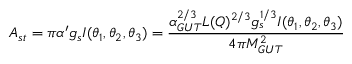
A _ { s t } = \pi \alpha ^ { \prime } g _ { s } I ( \theta _ { 1 } , \theta _ { 2 } , \theta _ { 3 } ) = { \frac { \alpha _ { G U T } ^ { 2 / 3 } L ( Q ) ^ { 2 / 3 } g _ { s } ^ { 1 / 3 } I ( \theta _ { 1 } , \theta _ { 2 } , \theta _ { 3 } ) } { 4 \pi M _ { G U T } ^ { 2 } } } \,